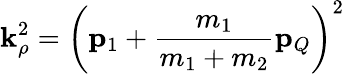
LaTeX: \mathbf{k}_{\rho}^{2}=\left({\mathbf{p}}_{1}+\frac{{m_{1}}}{{m_{1}+m_{2}}}{\mathbf{p}}_{Q}\right)^{2}